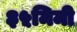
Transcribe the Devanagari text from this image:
३५मिमी